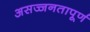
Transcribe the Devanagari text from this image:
असज्जनतापूर्ण